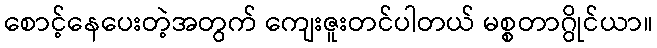
စောင့်နေပေးတဲ့အတွက် ကျေးဇူးတင်ပါတယ် မစ္စတာဂွိုင်ယာ။